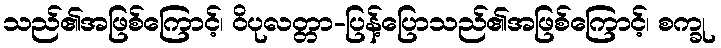
သည်၏အဖြစ်ကြောင့်၊ ဝိပုလတ္တာ-ပြန့်ပြောသည်၏အဖြစ်ကြောင့်၊ စက္ခု